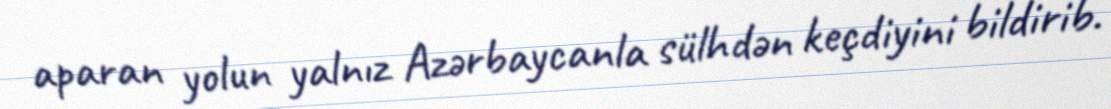
aparan yolun yalnız Azərbaycanla sülhdən keçdiyini bildirib.